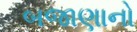
બજાણાનો